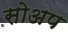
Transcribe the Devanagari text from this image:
सोअप